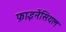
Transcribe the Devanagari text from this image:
फ़ाइनेंसियल